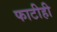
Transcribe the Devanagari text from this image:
फाटीही